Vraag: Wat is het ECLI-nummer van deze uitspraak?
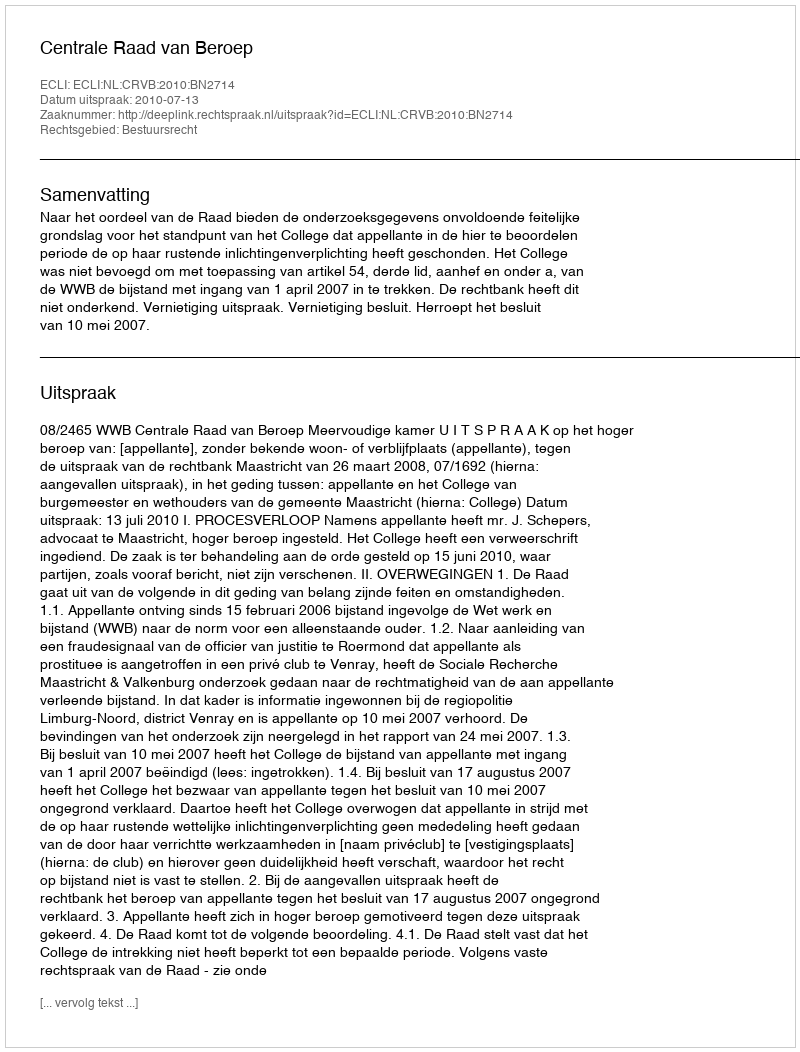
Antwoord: ECLI:NL:CRVB:2010:BN2714